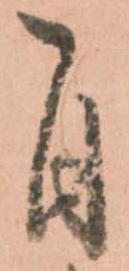
自